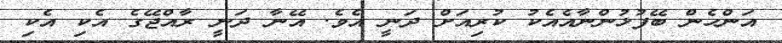
އަންހެން ބޭފުޅުންނާއެއެކު ކުރިއަށް ދަނީ އެވެ. އޭނާ ދަނީ ރާއްޖޭގެ އެކި އެކި